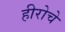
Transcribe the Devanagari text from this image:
हीरोचे